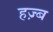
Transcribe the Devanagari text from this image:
हज़्ब